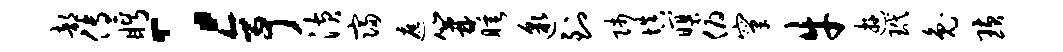
部传眄：亭潢寝遮篝睡邈到师填暝俯窠牛游玳兔璜